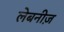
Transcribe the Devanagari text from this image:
लेबनीज़